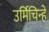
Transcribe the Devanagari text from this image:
उर्मिचिन्हे